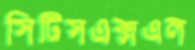
সিটিসএক্সএল